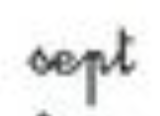
sept